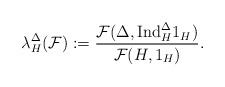
LaTeX: \begin{align*} \lambda_{H}^{\Delta}(\mathcal{F}):=\frac{\mathcal{F}(\Delta,\mathrm{Ind}_{H}^{\Delta}1_H)}{\mathcal{F}(H,1_H)}.\end{align*}